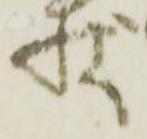
状